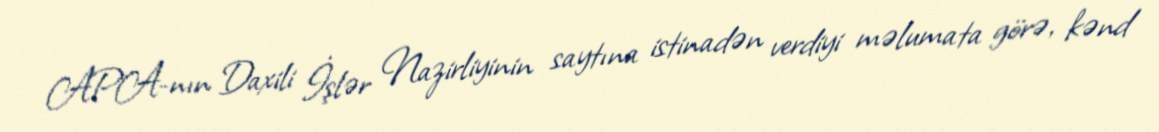
APA-nın Daxili İşlər Nazirliyinin saytına istinadən verdiyi məlumata görə, kənd